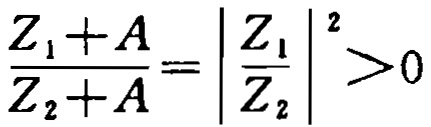
$\frac{Z_{1}+A}{Z_{2}+A}=\left|\frac{Z_{1}}{Z_{2}}\right|^{2}>0$